Vaccination North-Western Provinces 1866-1877 - 1866-1877
Year: 1866
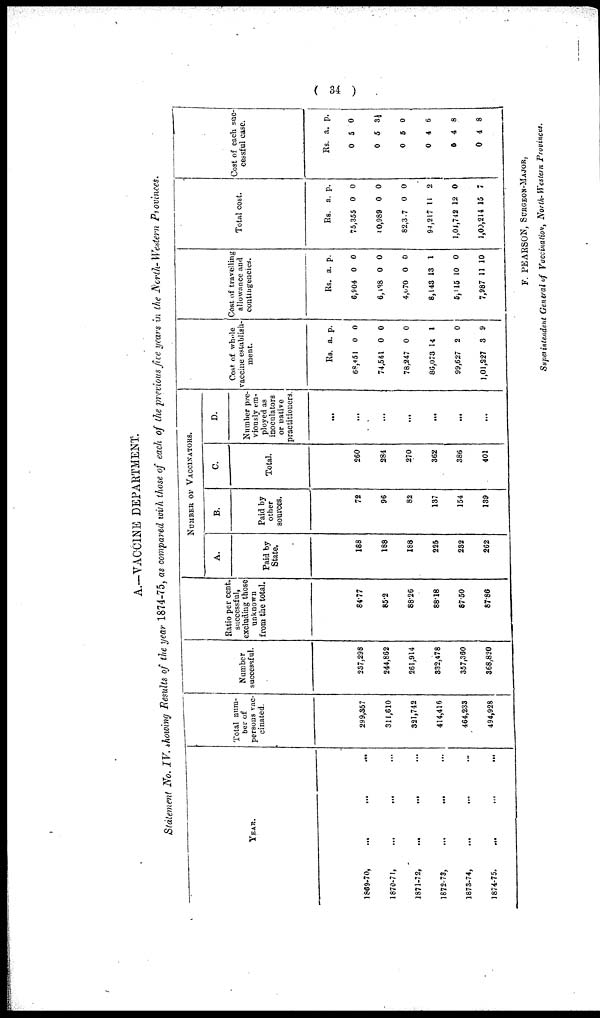
( 34 )
A.—VACCINE DEPARTMENT.
Statement No. IV. showing Results of the year 1874-75, as compared with those of each of the previous five years in the North- Western Provinces.
YEAR.
1869-70,
...
...
...
1870-71,
...
...
...
1871-72,
...
...
...
1872-73,
...
...
...
1873-74,
...
...
...
1874-75.
...
...
...
Total num-
ber of
persons vac-
cinated
299,357
311,610
321,742
414,416
464,233
494,928
Number
successful.
237,298
244,862
261,914
332,478
357,360
368,820
Ratio per cent.
successful,
excluding those
unknown
from the total.
84.77
85.2
88.26
88.18
87.50
87.86
NUMBER OF VACCINATORS.
A.
Paid by
State.
188
188
188
225
282
262
B.
Paid by
other
sources.
72
96
82
137
154
139
C.
Total.
260
284
270
362
386
401
D.
Number pre-
viously em-
ployed as
inoculators
or native
practitioners
...
...
...
...
...
...
...
Cost of whole
vaccine establish-
ment.
Rs.
68,451
74,561
78,247
86,073
99,627
1,01,227
a.
0
0
0
14
2
3
p.
0
0
0
1
0
9
Cost of travelling
allowance and
contingencies.
Rs.
6,904
6,138
4,070
8,143
5,115
7,987
a.
0
0
0
13
10
11
p.
0
0
0
1
0
10
Total cost.
Rs.
75,355
10,989
82,3.7
94,217
1,04,742
1,00,214
a.
0
0
0
11
12
15
p.
0
0
0
2
0
7
Cost of each suc-
cessful case.
Rs.
0
0
0
0
0
0
a.
5
5
5
4
4
4
p.
0
3½
0
6
8
8
F. PEARSON, SERGEON-MAJOR,
Superintendent General of Vaccination, North-Western Provinces.